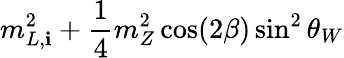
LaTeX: m_{L,\mathbf{i}}^{2}+\frac{{1}}{{4}}m_{Z}^{2}\cos(2\beta)\sin^{2}\theta_{W}